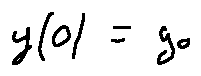
y ( 0 ) = y _ { 0 }